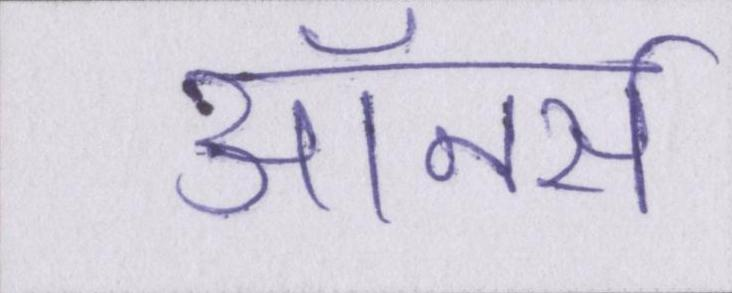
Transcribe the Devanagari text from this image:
ऑनर्स